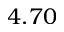
4 . 7 0